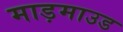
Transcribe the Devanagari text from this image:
माड़माउड